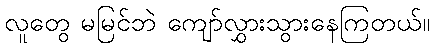
လူတွေ မမြင်ဘဲ ကျော်လွှားသွားနေကြတယ်။